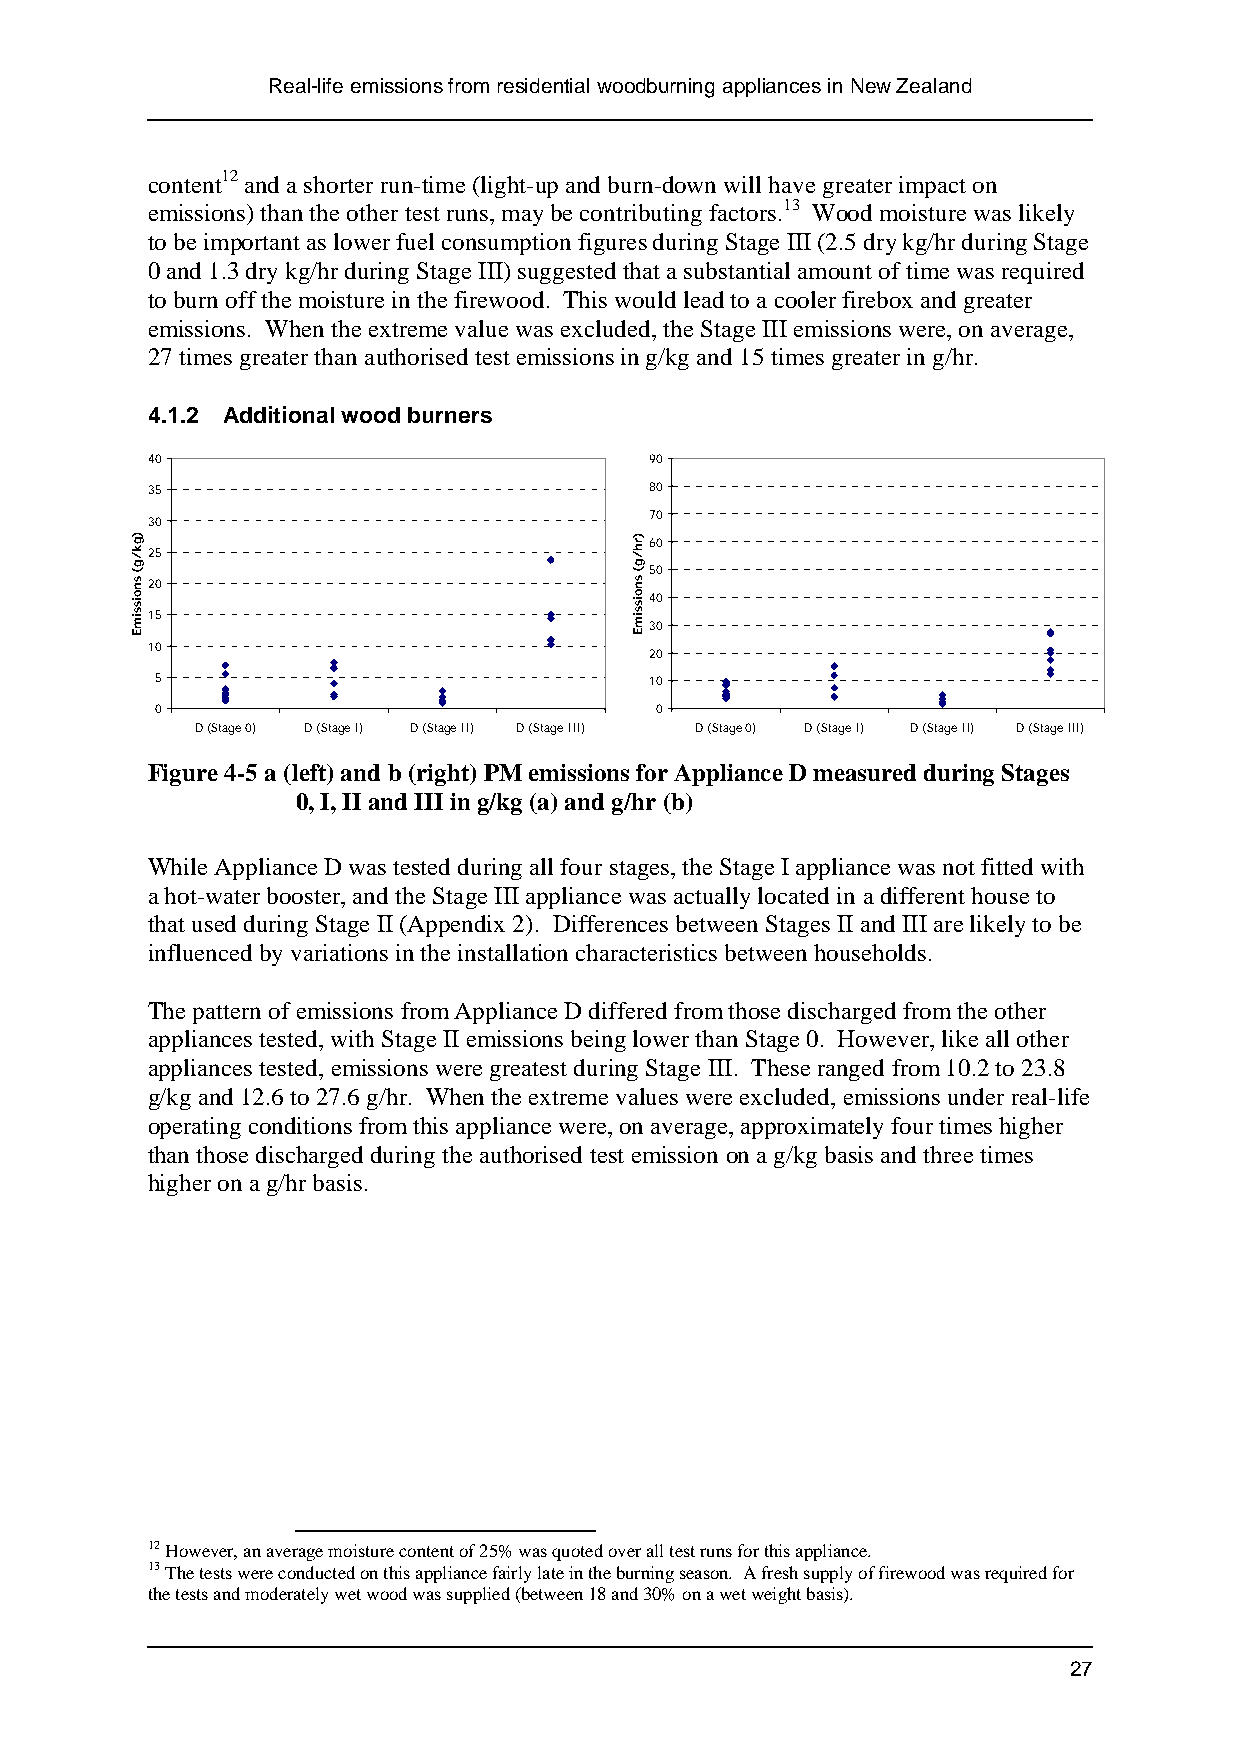
Real-life emissions from residential woodburning appliances in New Zealand
 content12 and a shorter run-time (light-up and burn-down will have greater impact on
 emissions) than the other test runs, may be contributing factors.13 Wood moisture was likely
 to be important as lower fuel consumption figures during Stage III (2.5 dry kg/hr during Stage
 0 and 1.3 dry kg/hr during Stage III) suggested that a substantial amount of time was required
 to burn off the moisture in the firewood. This would lead to a cooler firebox and greater
 emissions. When the extreme value was excluded, the Stage III emissions were, on average,
 27 times greater than authorised test emissions in g/kg and 15 times greater in g/hr.
 4.1.2 Additional wood burners
 40                               90
 35                               80
 70
 30
 60
 25
 50
 20
 40
 15
 30
 10
 20
 5                                10
 0                                0
 D (Stage 0) D (Stage I) D (Stage II) D (Stage III) D (Stage 0) D (Stage I) D (Stage II) D (Stage III)
 Figure 4-5 a (left) and b (right) PM emissions for Appliance D measured during Stages
 0, I, II and III in g/kg (a) and g/hr (b)
 While Appliance D was tested during all four stages, the Stage I appliance was not fitted with
 a hot-water booster, and the Stage III appliance was actually located in a different house to
 that used during Stage II (Appendix 2). Differences between Stages II and III are likely to be
 influenced by variations in the installation characteristics between households.
 The pattern of emissions from Appliance D differed from those discharged from the other
 appliances tested, with Stage II emissions being lower than Stage 0. However, like all other
 appliances tested, emissions were greatest during Stage III. These ranged from 10.2 to 23.8
 g/kg and 12.6 to 27.6 g/hr. When the extreme values were excluded, emissions under real-life
 operating conditions from this appliance were, on average, approximately four times higher
 than those discharged during the authorised test emission on a g/kg basis and three times
 higher on a g/hr basis.
 12 However, an average moisture content of 25% was quoted over all test runs for this appliance.
 13 The tests were conducted on this appliance fairly late in the burning season. A fresh supply of firewood was required for
 the tests and moderately wet wood was supplied (between 18 and 30% on a wet weight basis).
 27
 )gk/g(
 snoissimE
 )rh/g(
 snoissimE